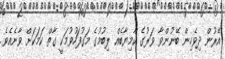
އޭރުން ދިވެހިން ބޭނުންވާ ވަރުގެ ކާމިޔާބެއް ލިބުމުގެ މަގުފަހުވުމަކީ ގާތް ކަމަކަށް ވާނެއެވެ.